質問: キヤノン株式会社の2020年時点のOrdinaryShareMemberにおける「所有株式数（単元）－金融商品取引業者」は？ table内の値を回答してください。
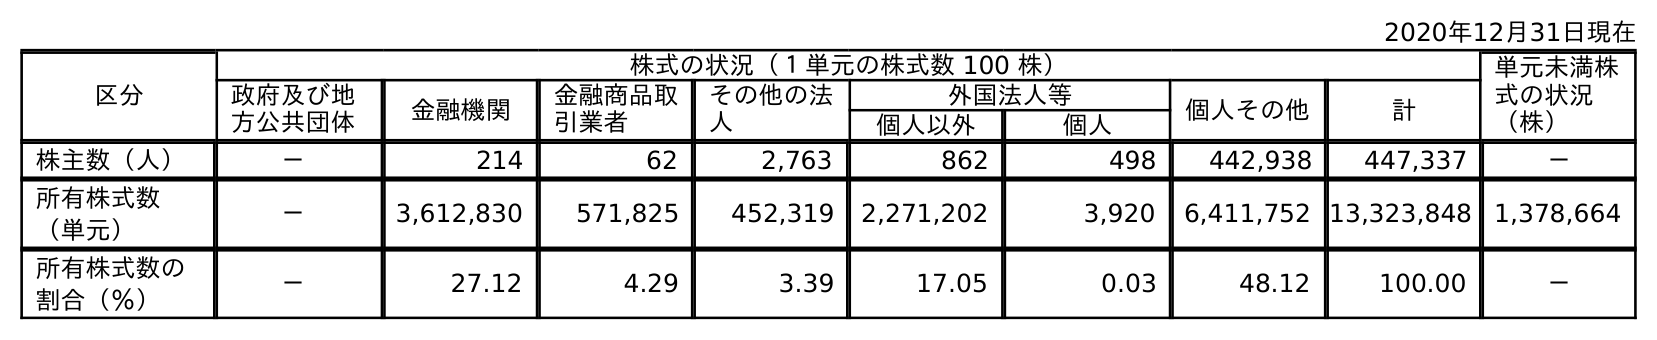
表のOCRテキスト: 2020年12月31日現在 区分 株式の状況（１単元の株式数 100 株） 単元未満株 式の状況 （株） 政府及び地 方公共団体 金融機関 金融商品取 引業者 その他の法 人 外国法人等 個人その他 計 個人以外 個人 株主数（人） － 214 62 2,763 862 498 442,938 447,337 － 所有株式数 （単元） － 3,612,830 571,825 452,319 2,271,202 3,920 6,411,752 13,323,848 1,378,664 所有株式数の 割合（％） － 27.12 4.29 3.39 17.05 0.03 48.12 100.00 －
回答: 571,825